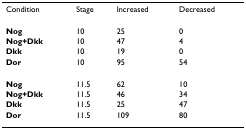
| Condition | Stage | Increased | Decreased |
 | --- | --- | --- | --- |
 | Nog | 10 | 25 | 0 |
 | Nog+Dkk | 10 | 47 | 4 |
 | Dkk | 10 | 19 | 0 |
 | Dor | 10 | 95 | 54 |
 | Nog | 11.5 | 62 | 10 |
 | Nog+Dkk | 11.5 | 46 | 34 |
 | Dkk | 11.5 | 25 | 47 |
 | Dor | 11.5 | 109 | 80 |